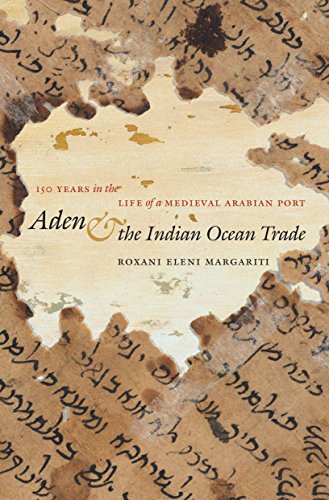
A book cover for Aden and the Indian Ocean Trade: 150 Years in the Life of a Medieval Arabian Port (Islamic Civilization and Muslim Networks); Roxani Eleni Margariti; History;